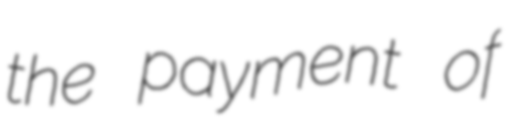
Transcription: the payment of